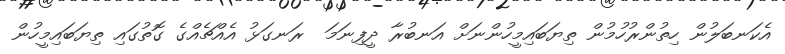
އެކަނބަލުން ހިތުންރުހުމުން ތިޔަބައިމީހުންނަށް އަނބުރާ ދީފިނަމަ  ރަނގަޅު އެއްޗެއްގެ ގޮތުގައި ތިޔަބައިމީހުން